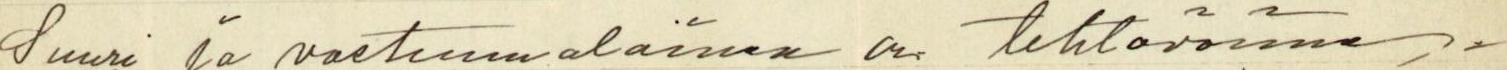
Suuri ja vastuunalainen on tehtävänne -